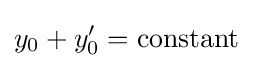
y_{0}+y'_{0}={\mbox{constant}}